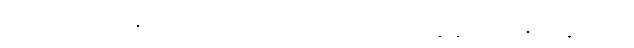
မုတ္တကရီသစမ္မအဋ္ဌိနှာရုခဏ္ဍခေဠသိင်္ဃာဏိကာလောဟိတပ္ပဘုတိနာနာကုဏပဇာတံ နိပတိတွာ